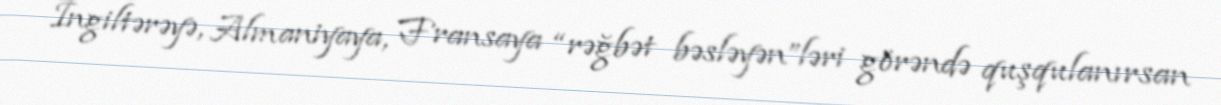
İngiltərəyə, Almaniyaya, Fransaya “rəğbət bəsləyən”ləri görəndə quşqulanırsan